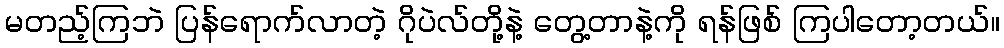
မတည့်ကြဘဲ ပြန်ရောက်လာတဲ့ ဂိုပဲလ်တို့နဲ့ တွေ့တာနဲ့ကို ရန်ဖြစ် ကြပါတော့တယ်။